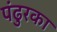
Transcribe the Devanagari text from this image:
पंढुरका